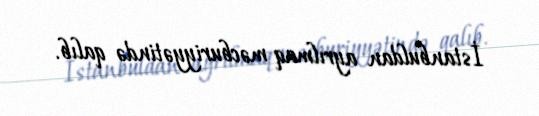
İstanbuldan ayrılmaq məcburiyyətində qalıb.